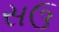
સઉ